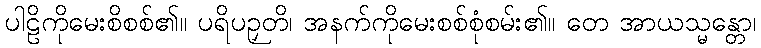
ပါဠိကိုမေးစိစစ်၏။ ပရိပဉှတိ၊ အနက်ကိုမေးစစ်စုံစမ်း၏။ တေ အာယသ္မန္တော၊